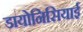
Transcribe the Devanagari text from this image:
डायोनिसियाई